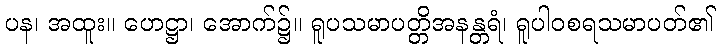
ပန၊ အထူး။ ဟေဋ္ဌာ၊ အောက်၌။ ရူပသမာပတ္တိအနန္တရံ၊ ရူပါဝစရသမာပတ်၏